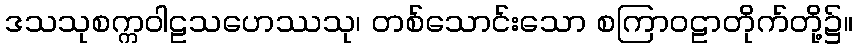
ဒသသုစက္ကဝါဠသဟေဿသု၊ တစ်သောင်းသော စကြာဝဠာတိုက်တို့၌။